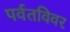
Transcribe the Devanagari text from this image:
पर्वतविवर